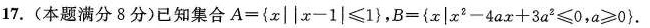
17.(本题满分8分)已知集合$$A = { x | | x - 1 | ≤ 1 }$$,$$B = { x | x ^{ 2 } - 4 a x + 3 a^{ 2 } ≤ 0，a ≥ 0 }$$.